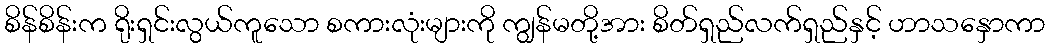
စိန်စိန်းက ရိုးရှင်းလွယ်ကူသော စကားလုံးများကို ကျွန်မတို့အား စိတ်ရှည်လက်ရှည်နှင့် ဟာသနှောကာ